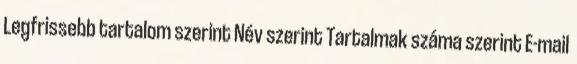
Legfrissebb tartalom szerint Név szerint Tartalmak száma szerint E-mail